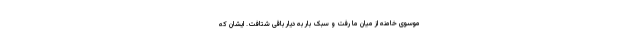
موسوی خامنه از میان ما رفت و سبک بار به دیار باقی شتافت. ایشان که